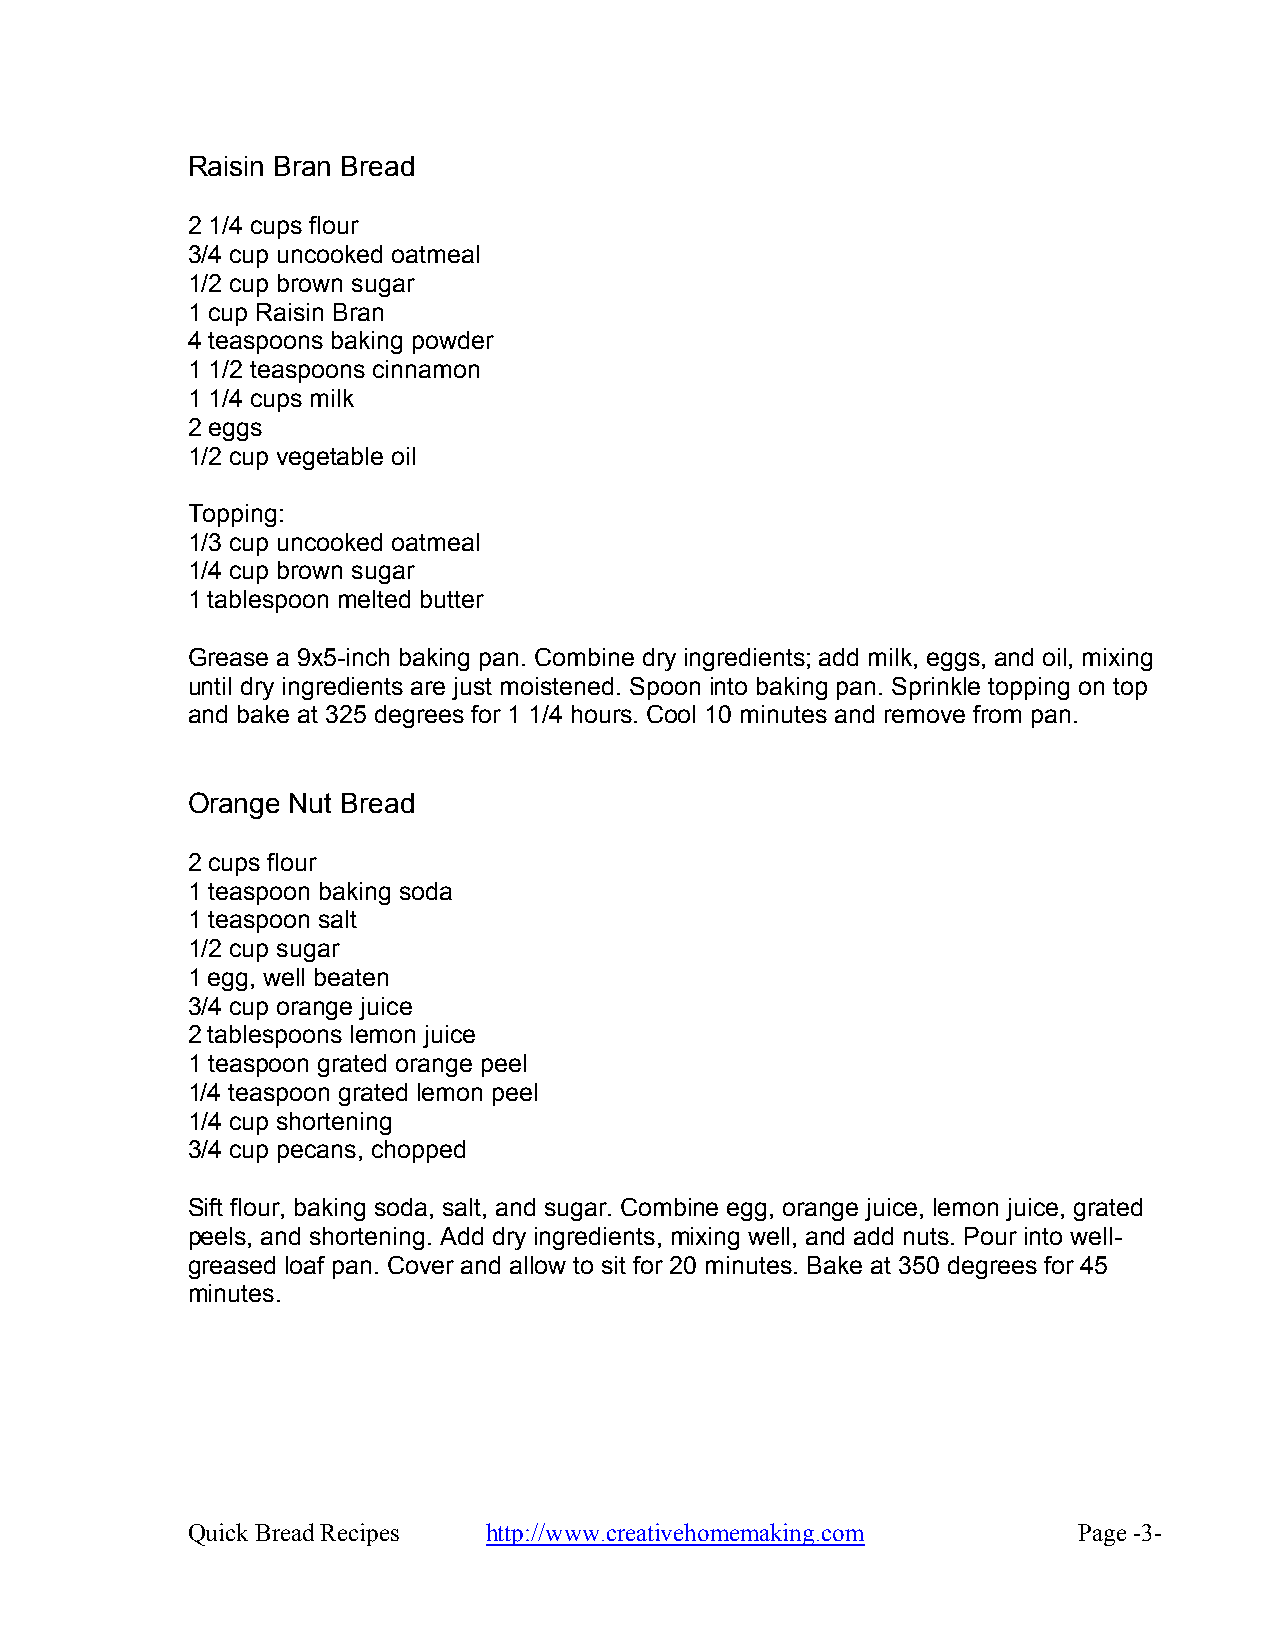
Raisin Bran Bread
 2 1/4 cups flour
 3/4 cup uncooked oatmeal
 1/2 cup brown sugar
 1 cup Raisin Bran
 4 teaspoons baking powder
 1 1/2 teaspoons cinnamon
 1 1/4 cups milk
 2 eggs
 1/2 cup vegetable oil
 Topping:
 1/3 cup uncooked oatmeal
 1/4 cup brown sugar
 1 tablespoon melted butter
 Grease a 9x5-inch baking pan. Combine dry ingredients; add milk, eggs, and oil, mixing
 until dry ingredients are just moistened. Spoon into baking pan. Sprinkle topping on top
 and bake at 325 degrees for 1 1/4 hours. Cool 10 minutes and remove from pan.
 Orange Nut Bread
 2 cups flour
 1 teaspoon baking soda
 1 teaspoon salt
 1/2 cup sugar
 1 egg, well beaten
 3/4 cup orange juice
 2 tablespoons lemon juice
 1 teaspoon grated orange peel
 1/4 teaspoon grated lemon peel
 1/4 cup shortening
 3/4 cup pecans, chopped
 Sift flour, baking soda, salt, and sugar. Combine egg, orange juice, lemon juice, grated
 peels, and shortening. Add dry ingredients, mixing well, and add nuts. Pour into well-
 greased loaf pan. Cover and allow to sit for 20 minutes. Bake at 350 degrees for 45
 minutes.
 Quick Bread Recipes http://www.creativehomemaking.com      Page -3-